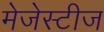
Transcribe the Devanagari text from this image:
मेजेस्टीज